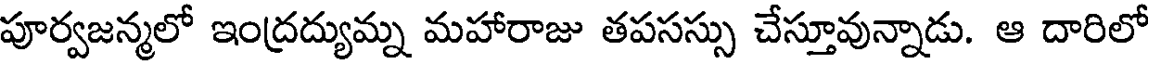
పూర్వజన్మలో ఇంద్రద్యుమ్న మహారాజు తపసస్సు చేస్తూవున్నాడు. ఆ దారిలో